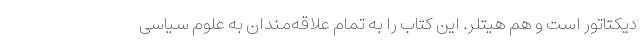
دیکتاتور است و هم هیتلر. این کتاب را به تمام علاقه‌مندان به علوم سیاسی